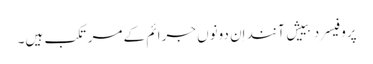
پروفیسر دبییش آنند اِن دونوں جرائم کے مرتکب ہیں۔